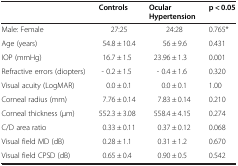
<table><thead><tr><td><b> </b></td><td><b>Controls</b></td><td><b>Ocular Hypertension</b></td><td><b>p &lt; 0.05</b></td></tr></thead><tbody><tr><td>Male: Female</td><td>27:25</td><td>24:28</td><td>0.765*</td></tr><tr><td>Age (years)</td><td>54.8 ± 10.4</td><td>56 ± 9.6</td><td>0.431</td></tr><tr><td>IOP (mmHg)</td><td>16.7 ± 1.5</td><td>23.96 ± 1.3</td><td>0.001</td></tr><tr><td>Refractive errors (diopters)</td><td>- 0.2 ± 1.5</td><td>- 0.4 ± 1.6</td><td>0.320</td></tr><tr><td>Visual acuity (LogMAR)</td><td>0.0 ± 0.1</td><td>0.0 ± 0.1</td><td>1.00</td></tr><tr><td>Corneal radius (mm)</td><td>7.76 ± 0.14</td><td>7.83 ± 0.14</td><td>0.210</td></tr><tr><td>Corneal thickness (μm)</td><td>552.3 ± 3.08</td><td>558.4 ± 4.15</td><td>0.274</td></tr><tr><td>C/D area ratio</td><td>0.33 ± 0.11</td><td>0.37 ± 0.12</td><td>0.068</td></tr><tr><td>Visual field MD (dB)</td><td>0.28 ± 1.1</td><td>0.31 ± 1.2</td><td>0.670</td></tr><tr><td>Visual field CPSD (dB)</td><td>0.65 ± 0.4</td><td>0.90 ± 0.5</td><td>0.542</td></tr></tbody></table>